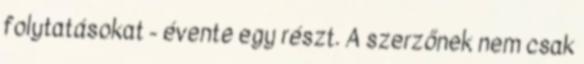
folytatásokat - évente egy részt. A szerzőnek nem csak